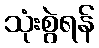
သုံးစွဲရန်